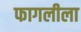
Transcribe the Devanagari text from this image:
फागलीला